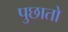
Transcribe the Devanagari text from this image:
पुछातो